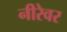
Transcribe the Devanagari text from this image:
नीरेवर